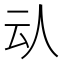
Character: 𠇌